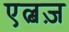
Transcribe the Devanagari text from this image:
एल्बज़